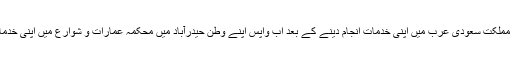
گزشتہ دو دہایئوں سے مملکت سعودی عرب میں اپنی خدمات انجام دینے کے بعد اب واپس اپنے وطن حیدرآباد میں محکمہ عمارات و شوارع میں اپنی خدمات انجام دے رہے ہیں۔